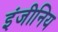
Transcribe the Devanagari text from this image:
इंजीनिय